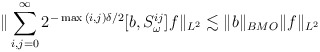
\begin{align*}\|\sum^\infty_{i,j=0}2^{-\max{(i,j)}\delta/2}[b,S^{ij}_\omega]f\|_{L^2}\lesssim \|b\|_{BMO}\|f\|_{L^2}\end{align*}